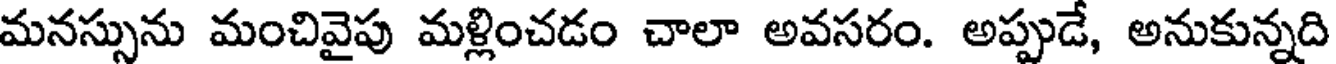
మనస్సును మంచివైపు మళ్లించడం చాలా అవసరం. అప్పుడే, అనుకున్నది